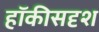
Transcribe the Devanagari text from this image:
हॉकीसदृश